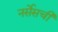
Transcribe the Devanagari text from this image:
नर्सेसची